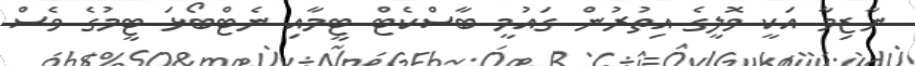
ނާޒިމާ އަކީ ވޮލީގެ އިތުރުން ގައުމީ ބާސްކެޓް ޓީމާއި ނެޓްބޯޅަ ޓީމުގެ ވެސް